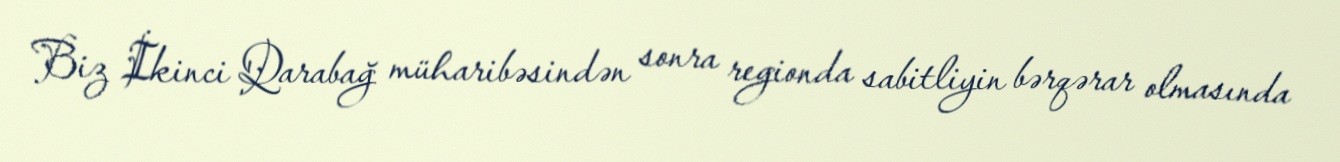
Biz İkinci Qarabağ müharibəsindən sonra regionda sabitliyin bərqərar olmasında